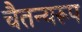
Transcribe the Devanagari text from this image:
चैतन्यरूप